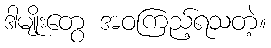
ဒါမျိုးတွေ အဝကြည့်ရသတဲ့။